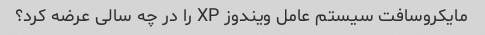
مایکروسافت سیستم عامل ویندوز XP را در چه سالی عرضه کرد؟